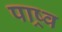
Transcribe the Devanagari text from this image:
पाष्र्व